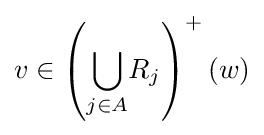
v\in \left({\underset {j\in A}{\bigcup }}R_{j}\right)^{+}(w)